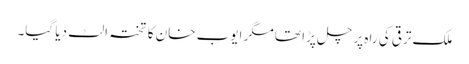
ملک ترقی کی راہ پر چل پڑا تھا مگر ایوب خان کا تختہ الٹ دیا گیا۔